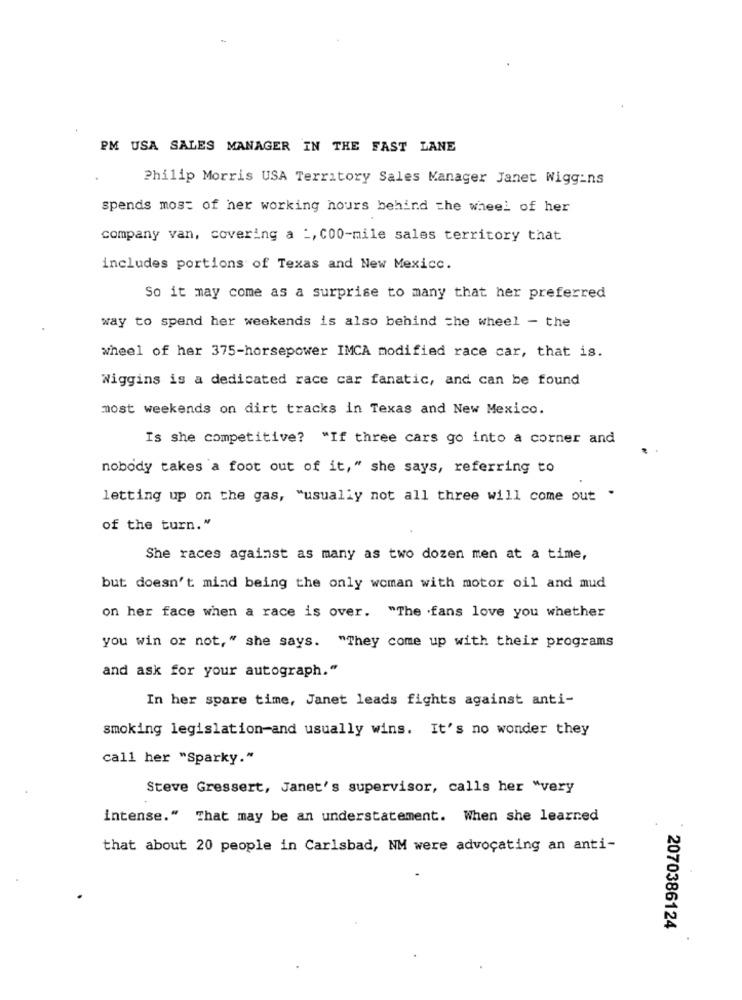
PM USA SALES MANAGER IN THE FAST LANE
Philip Morris USA Territory Sales Manager Janet Wiggins
spends most of her working hours behind the wheel of her
company van, covering a :, C00-mile sales territory that
includes portions of Texas and New Mexico.
So it may come as a surprise to many that her preferred
way to spend her weekends is also behind the wheel - the
wheel of her 375-horsepower IMCA modified race car, that is.
Wiggins is a dedicated race car fanatic, and can be found
most weekends on dirt tracks in Texas and New Mexico.
Is she competitive? "If three cars go into a corner and
nobody takes a foot out of it," she says, referring to
letting up on the gas, "usually not all three will come out .
of the turn."
She races against as many as two dozen men at a time,
but doesn't mind being the only woman with motor oil and mud
on her face when a race is over. "The .fans love you whether
you win or not," she says. "They come up with their programs
and ask for your autograph."
In her spare time, Janet leads fights against anti-
smoking legislation-and usually wins. It's no wonder they
call her "Sparky."
Steve Gressert, Janet's supervisor, calls her "very
intense." That may be an understatement. When she learned
that about 20 people in Carlsbad, NM were advocating an anti-
2070386124